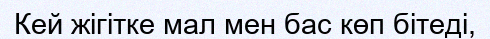
Кей жігітке мал мен бас көп бітеді,